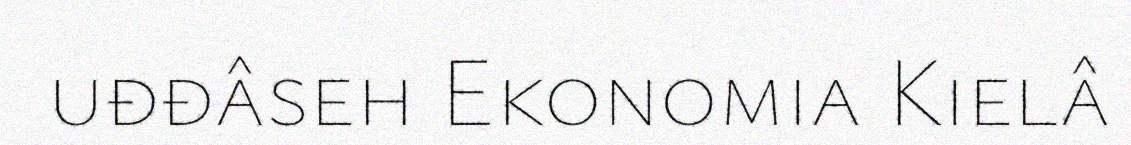
uđđâseh Ekonomia Kielâ